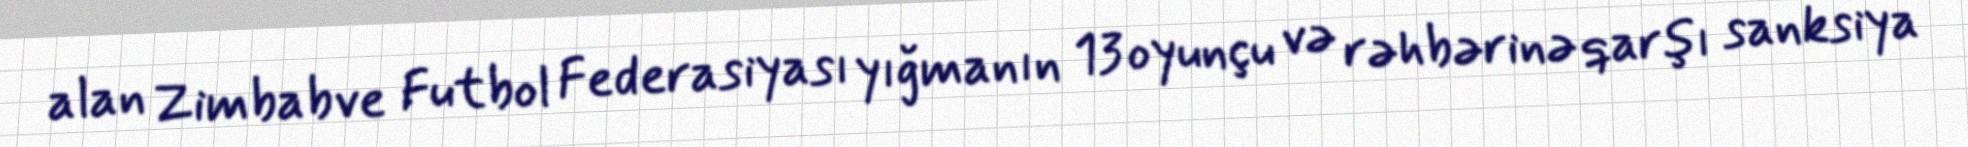
alan Zimbabve Futbol Federasiyası yığmanın 13 oyunçu və rəhbərinə qarşı sanksiya